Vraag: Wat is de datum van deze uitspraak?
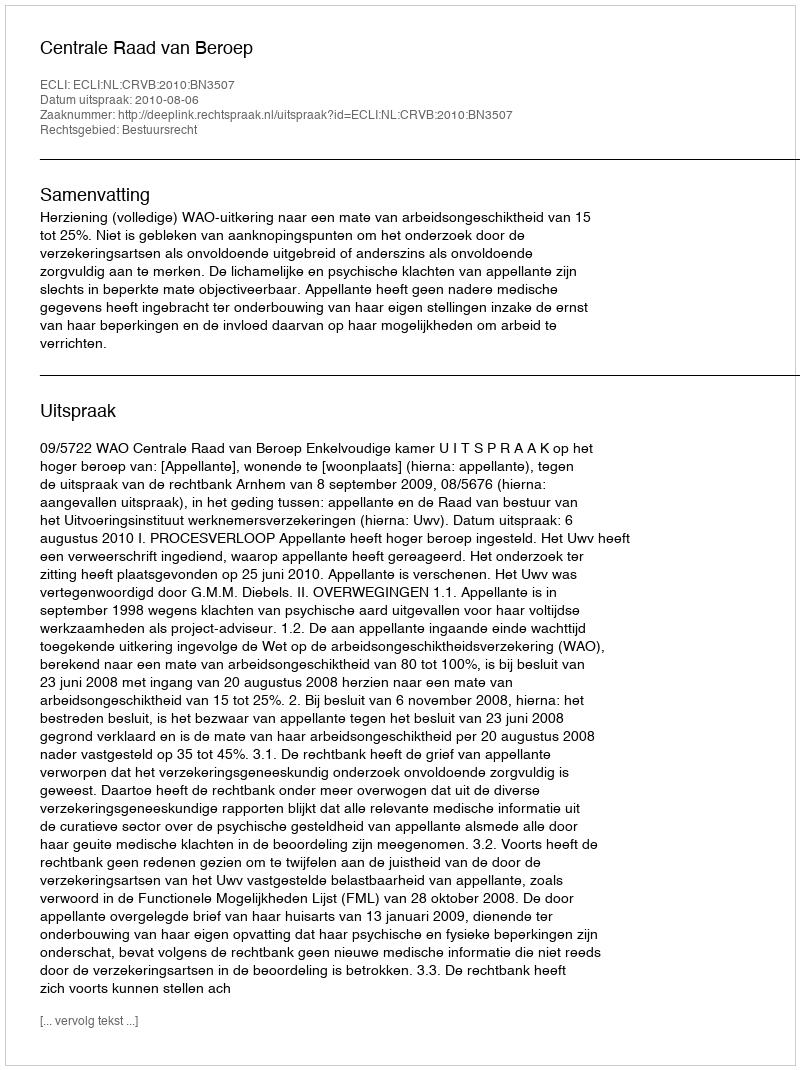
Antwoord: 2010-08-06